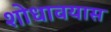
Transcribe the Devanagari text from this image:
शोधावयास